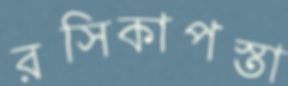
রসিকাপস্তা